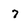
Character: 7